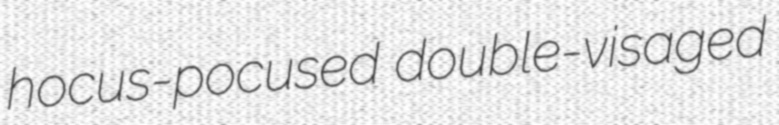
hocus-pocused double-visaged